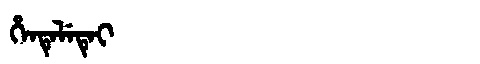
Manchu: ᡥᡝᠨᡨᡝᠯᡝᡨᡝᡳ
Romanization: HENTELETEI